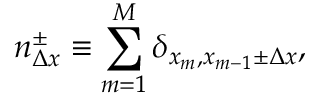
n _ { \Delta x } ^ { \pm } \equiv \sum _ { m = 1 } ^ { M } \delta _ { x _ { m } , x _ { m - 1 } \pm \Delta x } ,